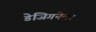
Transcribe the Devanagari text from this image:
डेजिगनेटर